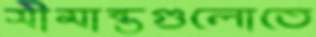
সীমান্তগুলোতে